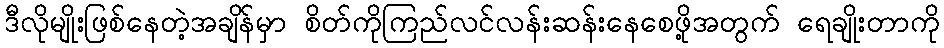
ဒီလိုမျိုးဖြစ်နေတဲ့အချိန်မှာ စိတ်ကိုကြည်လင်လန်းဆန်းနေစေဖို့အတွက် ရေချိုးတာကို